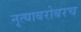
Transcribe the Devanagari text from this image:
नृत्याबरोबरच